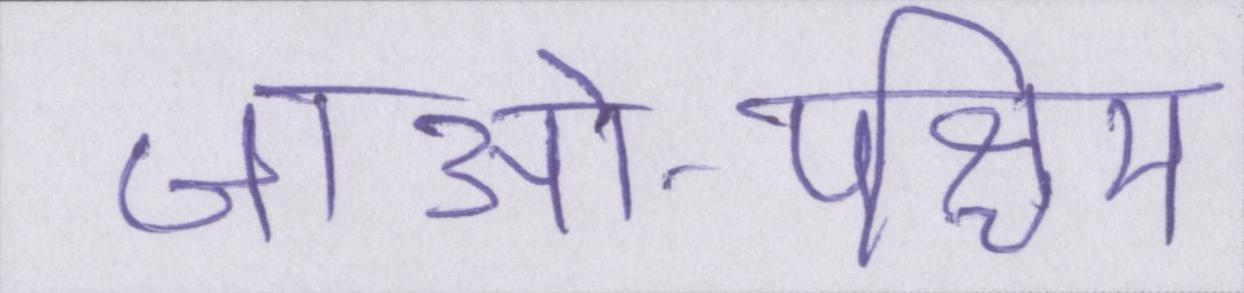
जाओ-पश्चिम